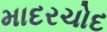
માદરચોદ